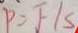
P = F / s